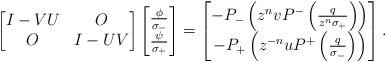
LaTeX: \begin{align*}\begin{bmatrix}I-VU & O \\O & I-UV\end{bmatrix} \begin{bmatrix}\frac{\phi}{\sigma_{-}} \\\frac{\psi}{\sigma_{+}}\end{bmatrix} = \begin{bmatrix}-P_{-}\left( z^{n}vP^{-}\left( \frac{q}{z^{n}\sigma_{+}} \right) \right) \\-P_{+} \left( z^{-n}uP^{+}\left( \frac{q}{\sigma_{-}} \right) \right)\end{bmatrix}.\end{align*}